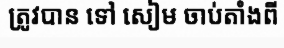
ត្រូវបាន ទៅ សៀម ចាប់តាំងពី